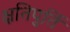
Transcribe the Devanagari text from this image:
क्षतिपुर्ति